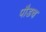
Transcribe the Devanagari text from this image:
पौडच